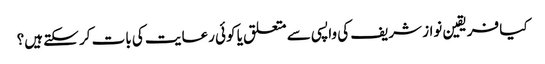
کیا فریقین نواز شریف کی واپسی سے متعلق یا کوئی رعایت کی بات کر سکتے ہیں؟